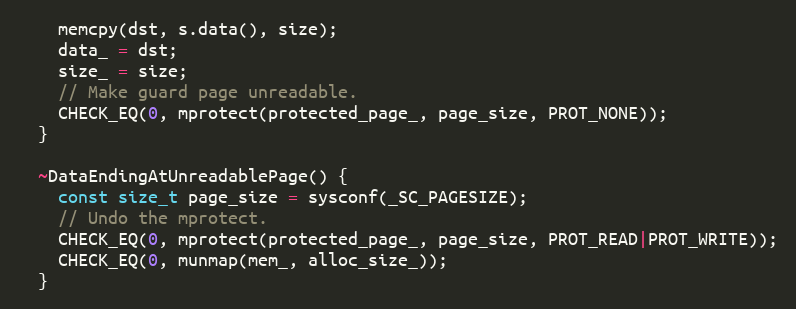
Language: C++
    memcpy(dst, s.data(), size);
    data_ = dst;
    size_ = size;
    // Make guard page unreadable.
    CHECK_EQ(0, mprotect(protected_page_, page_size, PROT_NONE));
  }

  ~DataEndingAtUnreadablePage() {
    const size_t page_size = sysconf(_SC_PAGESIZE);
    // Undo the mprotect.
    CHECK_EQ(0, mprotect(protected_page_, page_size, PROT_READ|PROT_WRITE));
    CHECK_EQ(0, munmap(mem_, alloc_size_));
  }